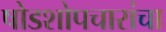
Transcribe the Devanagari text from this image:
षोडशोपचारांचा